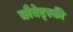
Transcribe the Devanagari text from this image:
ब्लैवेट्स्की